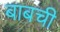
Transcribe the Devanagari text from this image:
बाबची